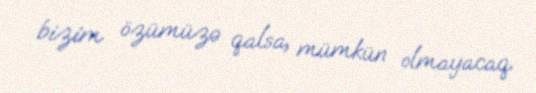
bizim özümüzə qalsa, mümkün olmayacaq.